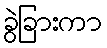
ခွဲခြားကာ